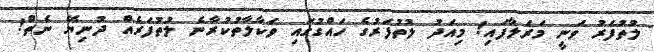
ލުތުފަރު ވަނީ މަރަލާފައި! މިއަދު ލުތުފަރުގެ ހައްގުގައި ވަކާލާތުކުރާނެ ލުތުފަރެއް ދުނިޔޭ ނެތް!